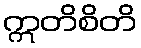
ဣတိစိတိ